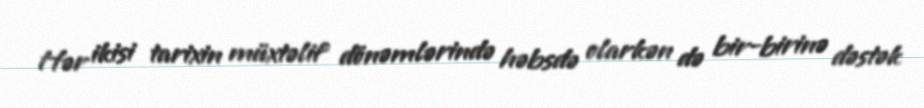
Hər ikisi tarixin müxtəlif dönəmlərində həbsdə olarkən də bir-birinə dəstək